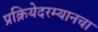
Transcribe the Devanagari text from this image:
प्रक्रियेदरम्यानचा